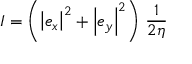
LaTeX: I = \left( \left| e _ { x } \right| ^ { 2 } + \left| e _ { y } \right| ^ { 2 } \right) \, { \frac { 1 } { 2 \eta } }